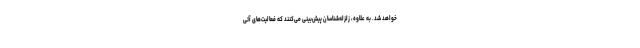
خواهد شد. به علاوه، زلزله‌شناسان پیش‌بینی می‌کنند که فعالیت‌های آتی